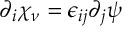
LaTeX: \partial _ { i } \chi _ { \nu } = \epsilon _ { i j } \partial _ { j } \psi